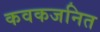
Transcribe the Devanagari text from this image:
कवकजनित